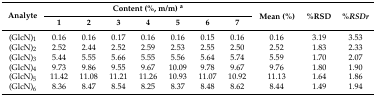
| <ROWSPAN=2> Analyte | <COLSPAN=7> Content (%, m/m) a | <ROWSPAN=2> Mean (%) | <ROWSPAN=2> %RSD | <ROWSPAN=2> %RSDr |
 | 1 | 2 | 3 | 4 | 5 | 6 | 7 |
 | --- | --- | --- | --- | --- | --- | --- | --- | --- | --- | --- |
 | (GlcN)1 | 0.16 | 0.16 | 0.17 | 0.16 | 0.16 | 0.15 | 0.16 | 0.16 | 3.19 | 3.53 |
 | (GlcN)2 | 2.52 | 2.44 | 2.52 | 2.59 | 2.53 | 2.55 | 2.50 | 2.52 | 1.83 | 2.33 |
 | (GlcN)3 | 5.44 | 5.55 | 5.66 | 5.55 | 5.56 | 5.64 | 5.74 | 5.59 | 1.70 | 2.07 |
 | (GlcN)4 | 9.73 | 9.86 | 9.55 | 9.67 | 10.09 | 9.78 | 9.67 | 9.76 | 1.80 | 1.90 |
 | (GlcN)5 | 11.42 | 11.08 | 11.21 | 11.26 | 10.93 | 11.07 | 10.92 | 11.13 | 1.64 | 1.86 |
 | (GlcN)6 | 8.36 | 8.47 | 8.54 | 8.25 | 8.37 | 8.48 | 8.62 | 8.44 | 1.49 | 1.94 |